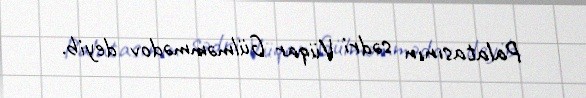
Palatasının sədri Vüqar Gülməmmədov deyib.